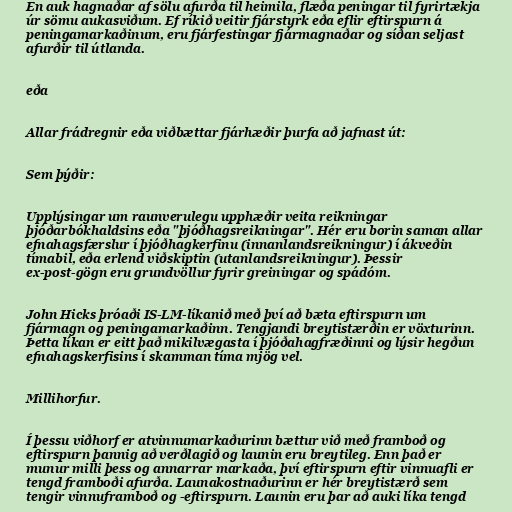
En auk hagnaðar af sölu afurða til heimila, flæða peningar til fyrirtækja
úr sömu aukasviðum. Ef ríkið veitir fjárstyrk eða eflir eftirspurn á
peningamarkaðinum, eru fjárfestingar fjármagnaðar og síðan seljast
afurðir til útlanda.

eða

Allar frádregnir eða viðbættar fjárhæðir þurfa að jafnast út:

Sem þýðir:

Upplýsingar um raunverulegu upphæðir veita reikningar
þjóðarbókhaldsins eða "þjóðhagsreikningar". Hér eru borin saman allar
efnahagsfærslur í þjóðhagkerfinu (innanlandsreikningur) í ákveðin
tímabil, eða erlend viðskiptin (utanlandsreikningur). Þessir
ex-post-gögn eru grundvöllur fyrir greiningar og spádóm.

John Hicks þróaði IS-LM-líkanið með því að bæta eftirspurn um
fjármagn og peningamarkaðinn. Tengjandi breytistærðin er vöxturinn.
Þetta líkan er eitt það mikilvægasta í þjóðahagfræðinni og lýsir hegðun
efnahagskerfisins í skamman tíma mjög vel.

Millihorfur.

Í þessu viðhorf er atvinnumarkaðurinn bættur við með framboð og
eftirspurn þannig að verðlagið og launin eru breytileg. Enn það er
munur milli þess og annarrar markaða, því eftirspurn eftir vinnuafli er
tengd framboði afurða. Launakostnaðurinn er hér breytistærð sem
tengir vinnuframboð og -eftirspurn. Launin eru þar að auki líka tengd